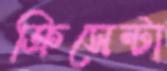
ক্রিসেন্টা